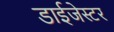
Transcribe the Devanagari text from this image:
डाईजेस्टर